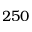
2 5 0